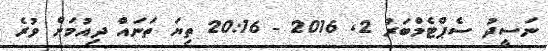
ނަސީދު ސެޕްޓެމްބަރު 2